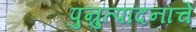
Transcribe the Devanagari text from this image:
पुन्रुत्पादनाचे